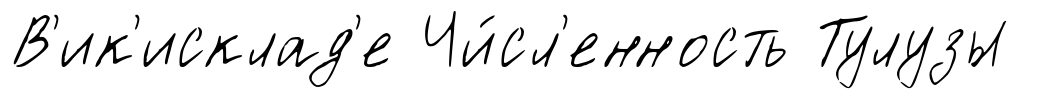
В'ик'исклад'е Чи́сл'енность Тулузы